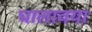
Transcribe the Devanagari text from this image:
घालावया